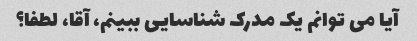
آیا می توانم یک مدرک شناسایی ببینم، آقا، لطفا؟